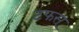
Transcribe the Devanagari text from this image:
टफस्